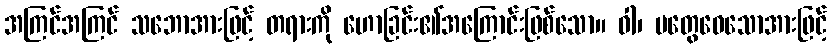
အကြင်အကြင် သဘောအားဖြင့် တရားကို ဟောခြင်း၏အကြောင်းဖြစ်သော။ ဝါ၊ မတွေဝေသောအားဖြင့်